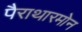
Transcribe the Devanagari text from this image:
पैराथारमोन